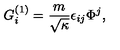
G _ { i } ^ { ( 1 ) } = \frac { m } { \sqrt { \kappa } } \epsilon _ { i j } \Phi ^ { j } ,